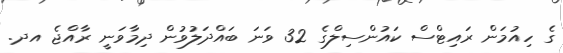
ގެ ހިއުމަން ރައިޓްސް ކައުންސިލްގެ 32 ވަނަ ބައްދަލުވުން ދިމާވަނީ ރާއްޖެ އދ.